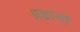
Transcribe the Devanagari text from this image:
ग्रहांनी